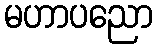
မဟာပညော